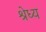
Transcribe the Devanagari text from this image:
श्रेध्य